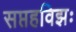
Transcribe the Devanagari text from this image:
सप्तहविझः